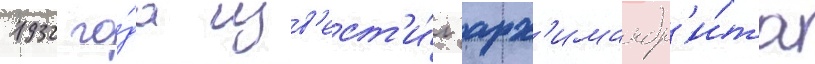
1932 го́да изв'ест'и́л арх'имандр'и́та